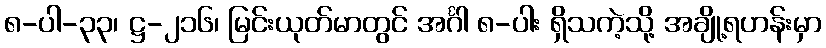
၈-ပါ-၃၃၊ ဋ္ဌ-၂၁၆၊ မြင်းယုတ်မာတွင် အင်္ဂါ ၈-ပါး ရှိသကဲ့သို့ အချို့ရဟန်းမှာ